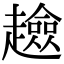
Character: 𧾏